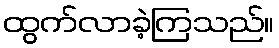
ထွက်လာခဲ့ကြသည်။